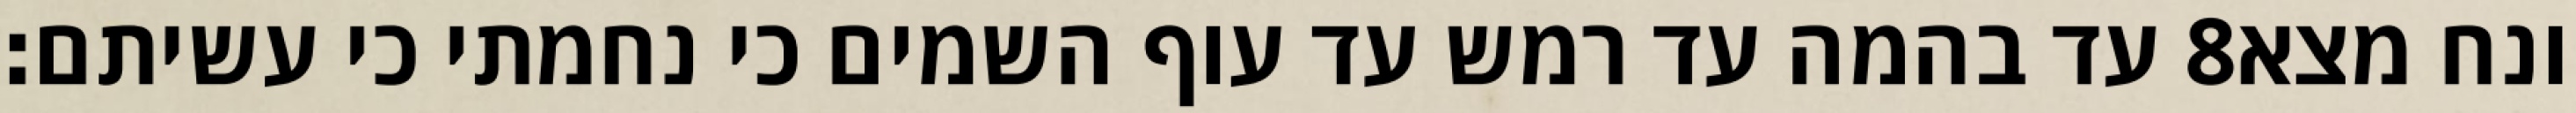
עד בהמה עד רמש עד עוף השמים כי נחמתי כי עשיתם׃ ‎8‏ ונח מצא